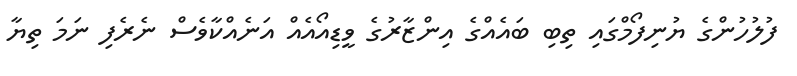
ފުލުހުންގެ ޔުނިފޯމްގައި ތިބި ބައެއްގެ އިންޒާރުގެ ވީޑިއޯއެއް އަނެއްކާވެސް ނެރެފި ނަމަ ތިޔާ